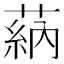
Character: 蒳